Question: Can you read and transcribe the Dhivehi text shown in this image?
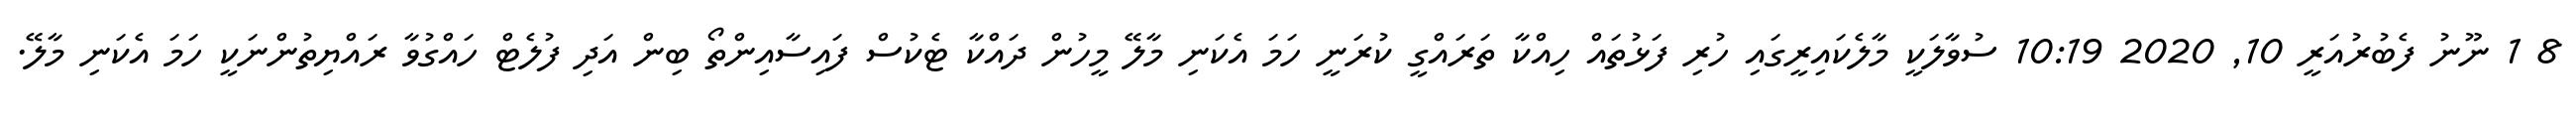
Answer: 8 1 ނޫނު ފެބުރުއަރީ 10, 2020 10:19 ސުވާލަކީ މާލެކައިރީގައި ހުރި ފަޅުތައް ހިއްކާ ތަރައްގީ ކުރަނީ ހަމަ އެކަނި މާލޭ މީހުން ދައްކާ ޓެކުސް ފައިސާއިންތޯ ބިން އަދި ފުލެޓް ހައްގުވާ ރައްޔިތުންނަކީ ހަމަ އެކަނި މާލޭ.